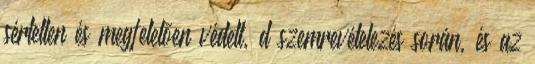
sértetlen és megfelelõen védett, d szemrevételezés során, és az